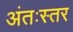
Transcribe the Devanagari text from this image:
अंतःस्तर